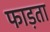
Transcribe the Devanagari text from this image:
फाड़ता